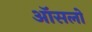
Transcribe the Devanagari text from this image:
ऑसलो